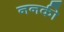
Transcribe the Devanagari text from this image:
ननकी